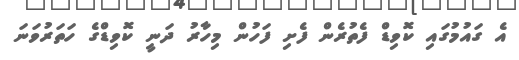
އެ ގައުމުގައި ކޮވިޑް ފެތުރެން ފެށި ފަހުން މިހާރު ދަނީ ކޮވިޑްގެ ހަތަރުވަނަ